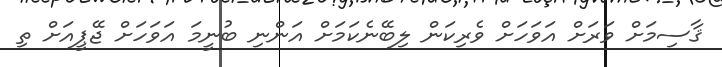
ޤާސިމަށް ވަރަށް އަވަހަށް ވެރިކަން ލިބޭނެކަމަށް އަންނި ބުނީމަ އަވަހަށް ޖޭޕީއަށް ތި